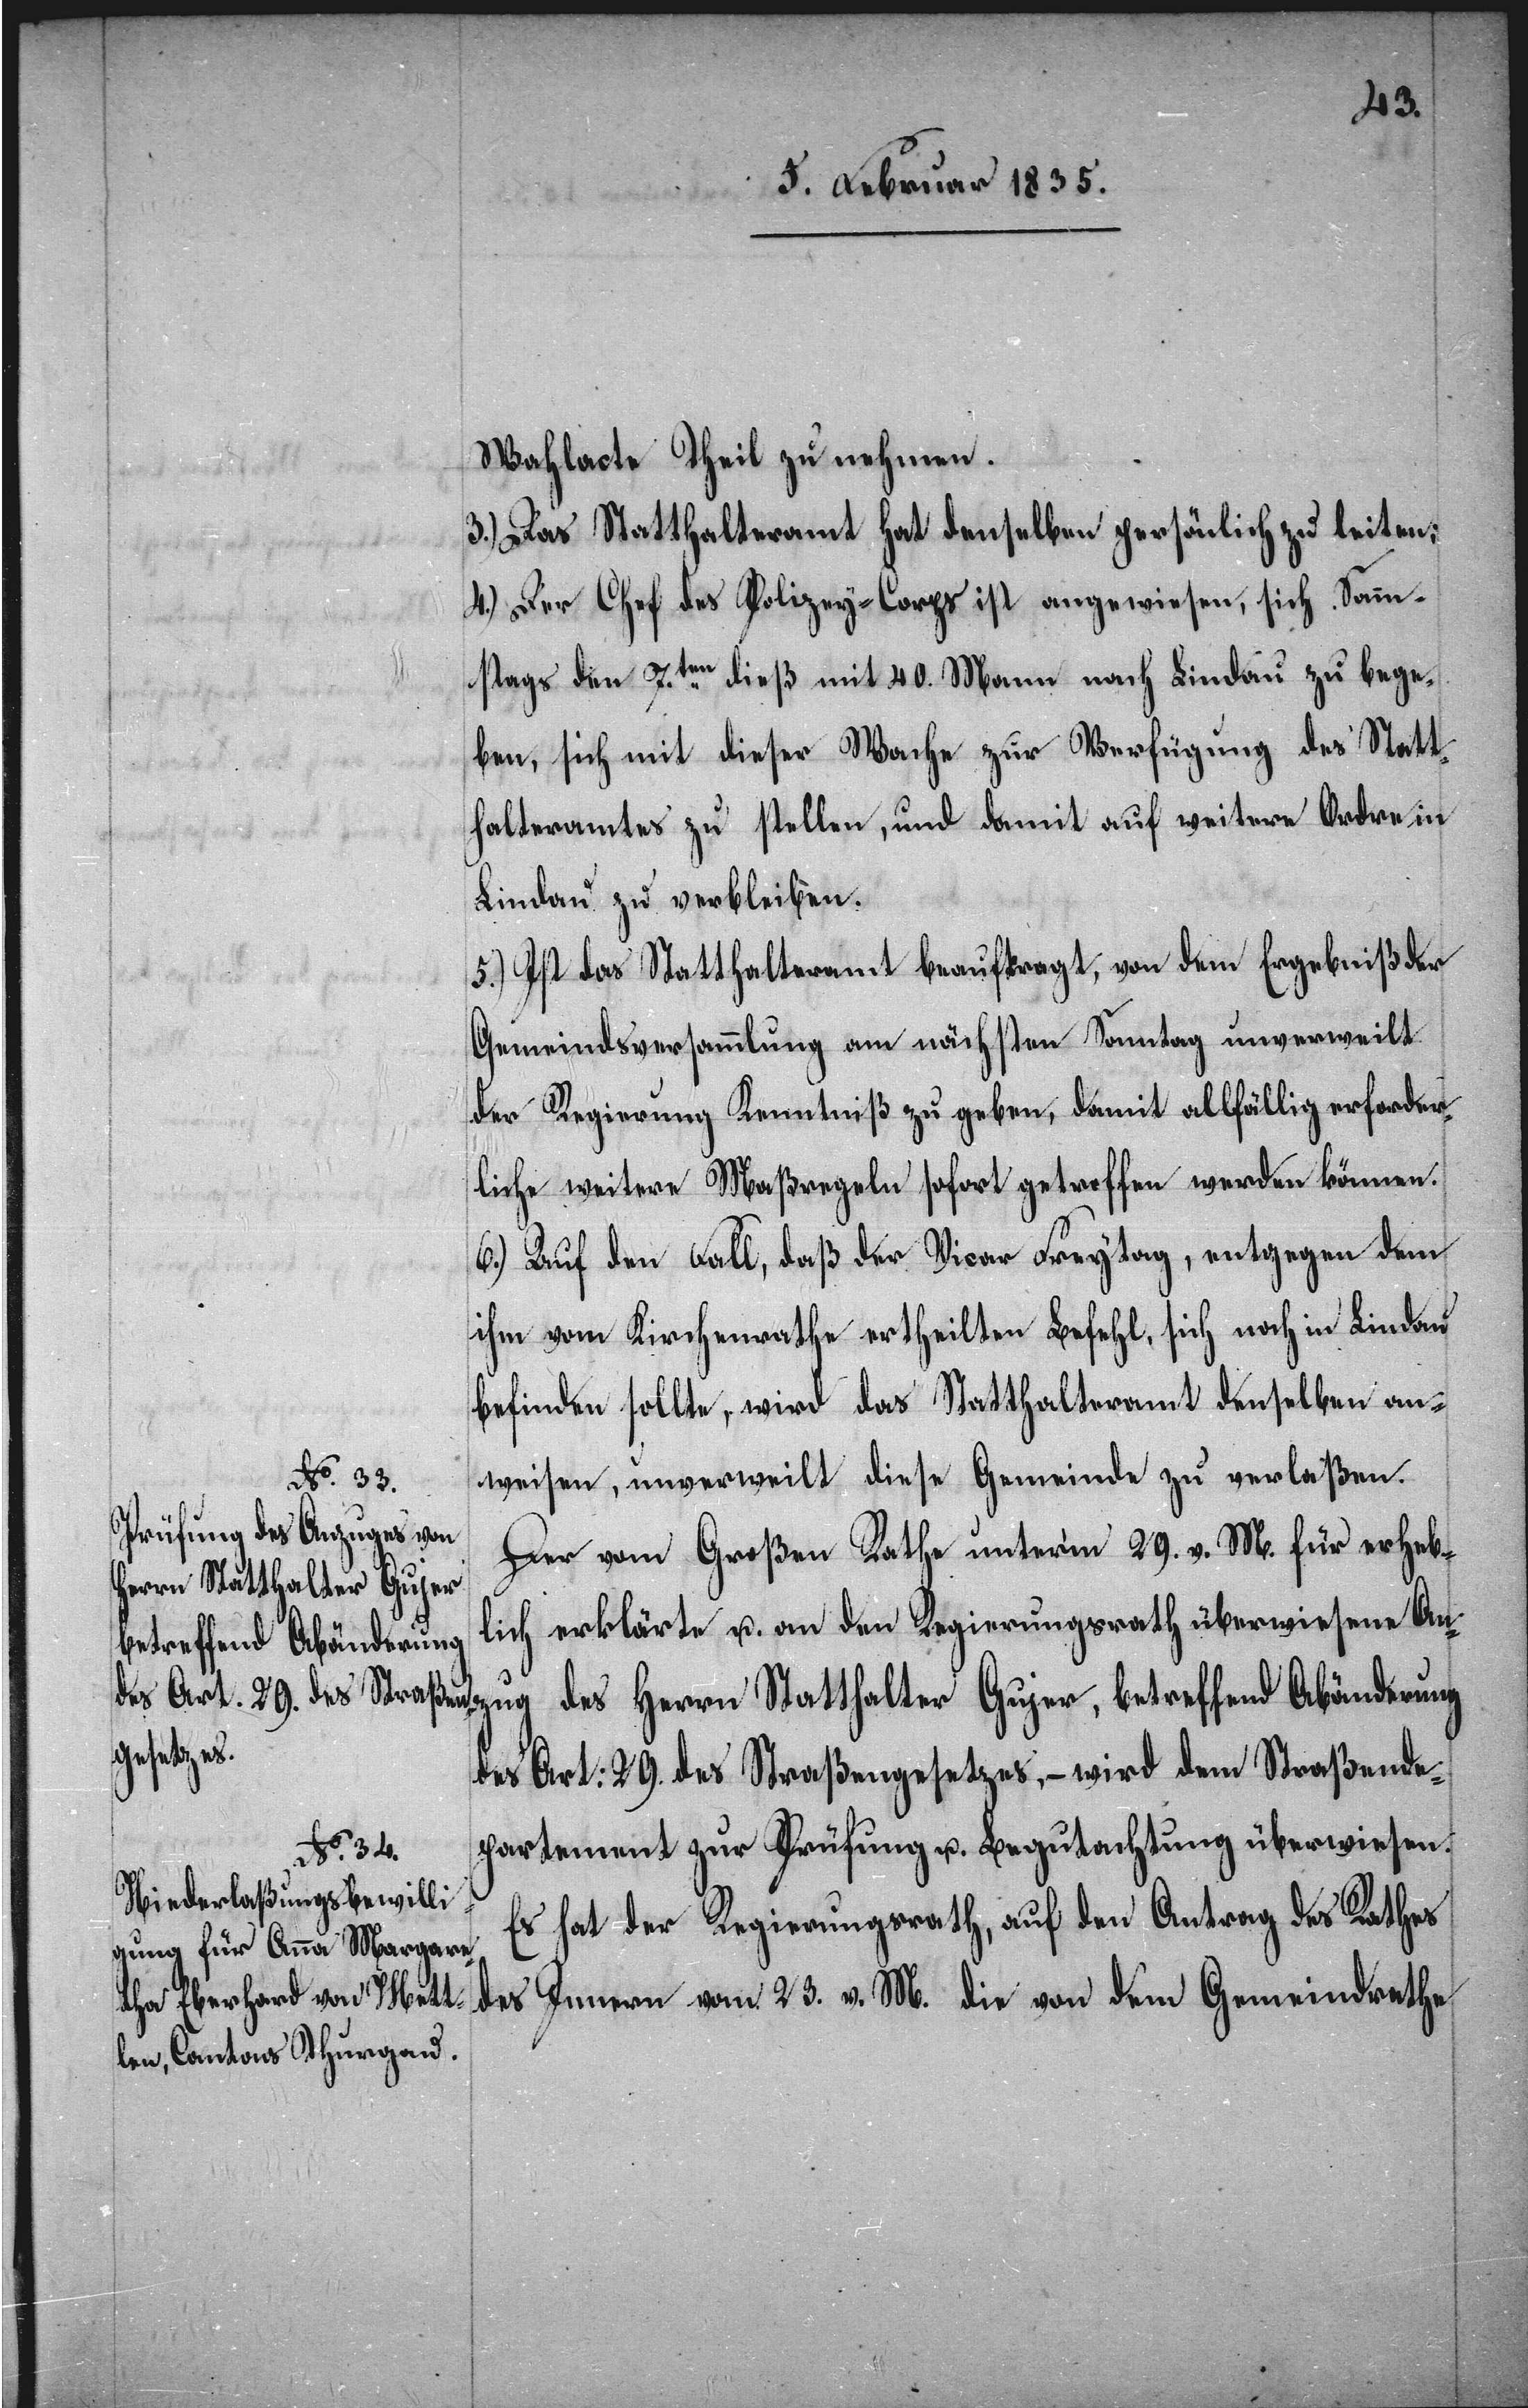
v. M.
Wahlacte Theil zu nehmen.
3.) Das Statthalteramt hat denselben persönlich zu leiten;
4.) Der Chef des Polizey-Corps ist angewiesen, sich Son¬
ntags den 7.ten dieß mit 40. Mann nach Lindau zu bege¬
ben, sich mit dieser Wache zu Verfügung des Statt¬
halteramtes zu stellen, und damit auf weitere Ordre in
Lindau zu verbleiben.
5.) Ist das Statthalteramt beauftragt, von dem Ergebniß der
Gemeindsversammlung am nächsten Sonntag unverweilt
der Regierung Kenntniß zu geben, damit allfällig erforder¬
liche weitere Maßregeln sofort getroffen werden können.
6.) Auf den Fall, daß der Vicar Freytag, entgegen dem
ihm vom Kirchenrathe ertheilten Befehl, sich noch in Lindau
befinden sollte, wird das Statthalteramt denselben an¬
weisen, unverweilt diese Gemeinde zu verlaßen.
Der vom Großen Rathe unterm 29. v. M. für erheb¬
lich erklärte u. an den Regierungsrath überwiesene Anz¬
ug des Herrn Statthalter Gujer, betreffend Abänderung
des Art: 29. des Straßengesetzes, – wird dem Straßende¬
partement zur Prüfung u. Begutachtung überwiesen.
Es hat der Regierungsrath, auf den Antrag des Rathes